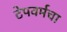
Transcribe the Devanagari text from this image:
टेपवर्मचा